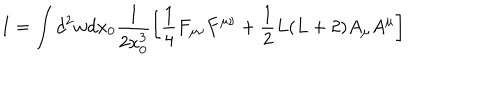
I = \int d ^ { 2 } w d x _ { 0 } \frac { 1 } { 2 x _ { 0 } ^ { 3 } } \left[ \frac 1 4 F _ { \mu \nu } F ^ { \mu \nu } + \frac 1 2 L ( L + 2 ) A _ { \mu } A ^ { \mu } \right]